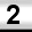
Digit: 2